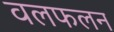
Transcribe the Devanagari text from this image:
वलफलन